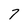
Character: 7